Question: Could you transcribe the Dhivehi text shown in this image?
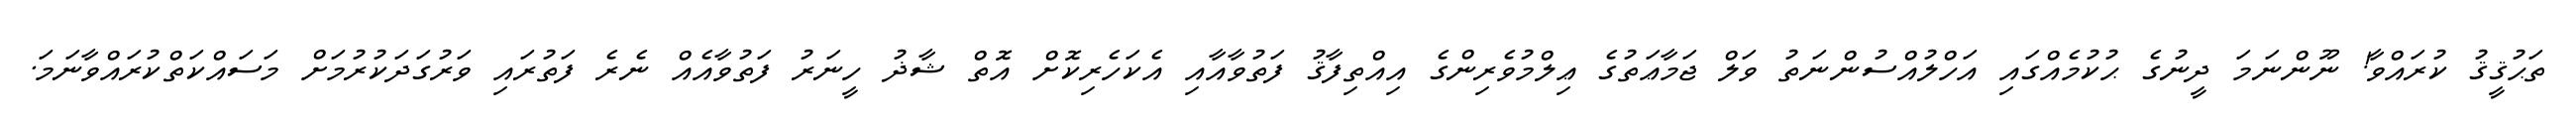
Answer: ތަޙުޤީޤު ކުރައްވާ! ނޫންނަމަ ދީނުގެ ޙުކުމެއްގައި އަހްލުއްސުންނަތު ވަލް ޖަމާޢަތުގެ ޢިލްމުވެރިންގެ އިއްތިފާޤު ފަތުވާއާއި އެކަހެރިކޮށް އޮތް ޝާޛު ހީނަރު ފަތުވާއެއް ނެރެ ފަތުރައި ވަރުގަދަކުރުމަށް މަސައްކަތްކުރައްވާނަމަ.